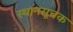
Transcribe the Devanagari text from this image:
स्थानसूचक